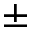
\pm